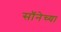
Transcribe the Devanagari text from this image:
सॉनेच्या